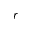
r